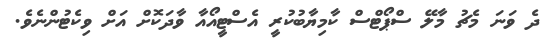
ދެ ވަނަ މެޗު މާލޭ ސްޕޯޓްސް ކާމިޔާބުކުރީ އެސްޓީއޯއާ ވާދަކޮށް އަށް ވިކެޓުންނެވެ.